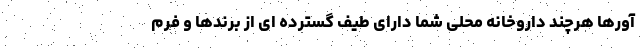
آورها هرچند داروخانه محلی شما دارای طیف گسترده ای از برندها و فرم